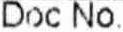
DOC NO.